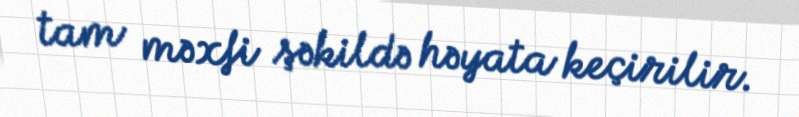
tam məxfi şəkildə həyata keçirilir.